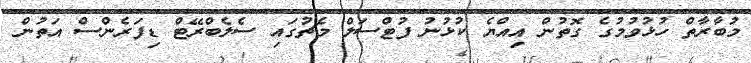
މުބާރާތް ހުޅުވުމުގެ ގޮތުން އިއްޔެ ކުޅުނު ފުޓްސަލް މެޗުގައި ސެލެބްރޭޓް ޑިފަރެންސް އަތުން